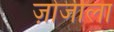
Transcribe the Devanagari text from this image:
ज़ोजीला